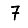
Digit: 7